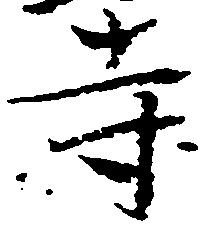
寺